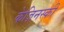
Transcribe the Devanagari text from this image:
केज़िनस्की